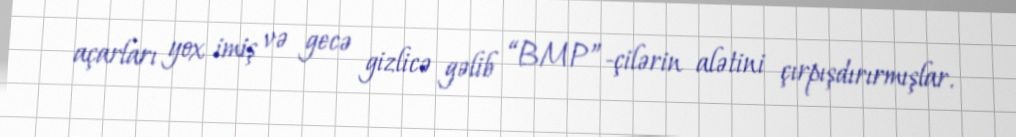
açarları yox imiş və gecə gizlicə gəlib “BMP”-çilərin alətini çırpışdırırmışlar.